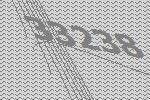
33238